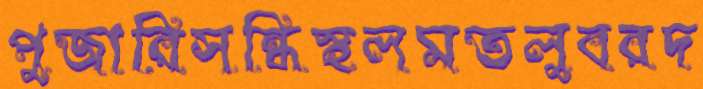
পুজারিসন্ধিস্থলমতলুবরদ